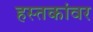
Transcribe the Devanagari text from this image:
हस्तकांवर